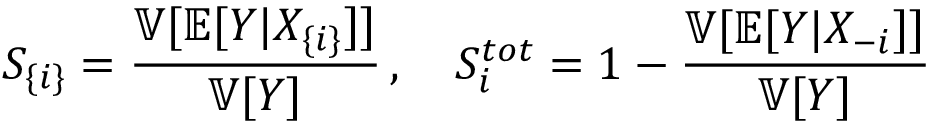
S _ { \{ i \} } = \frac { \mathbb { V } [ \mathbb { E } [ Y | X _ { \{ i \} } ] ] } { \mathbb { V } [ Y ] } \, , \quad S _ { i } ^ { t o t } = 1 - \frac { \mathbb { V } [ \mathbb { E } [ Y | X _ { - i } ] ] } { \mathbb { V } [ Y ] }